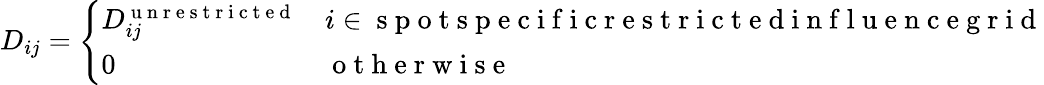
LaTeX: D_{ij}=\left\{ \begin{array}{ll}{D_{ij}^{\mathrm{~u~n~r~e~s~t~r~i~c~t~e~d~}}}&{i\in\mathrm{~s~p~o~t~s~p~e~c~i~f~i~c~r~e~s~t~r~i~c~t~e~d~i~n~f~l~u~e~n~c~e~g~r~i~d~}}\\ {0}&{\mathrm{~o~t~h~e~r~w~i~s~e~}}\end{array}\right.